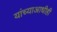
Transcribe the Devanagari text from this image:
यांच्याआधीही